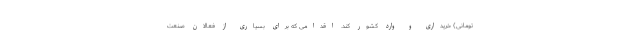
تومانی) خریداری و وارد کشور کند. اقدامی که برای بسیاری از فعالان صنعت